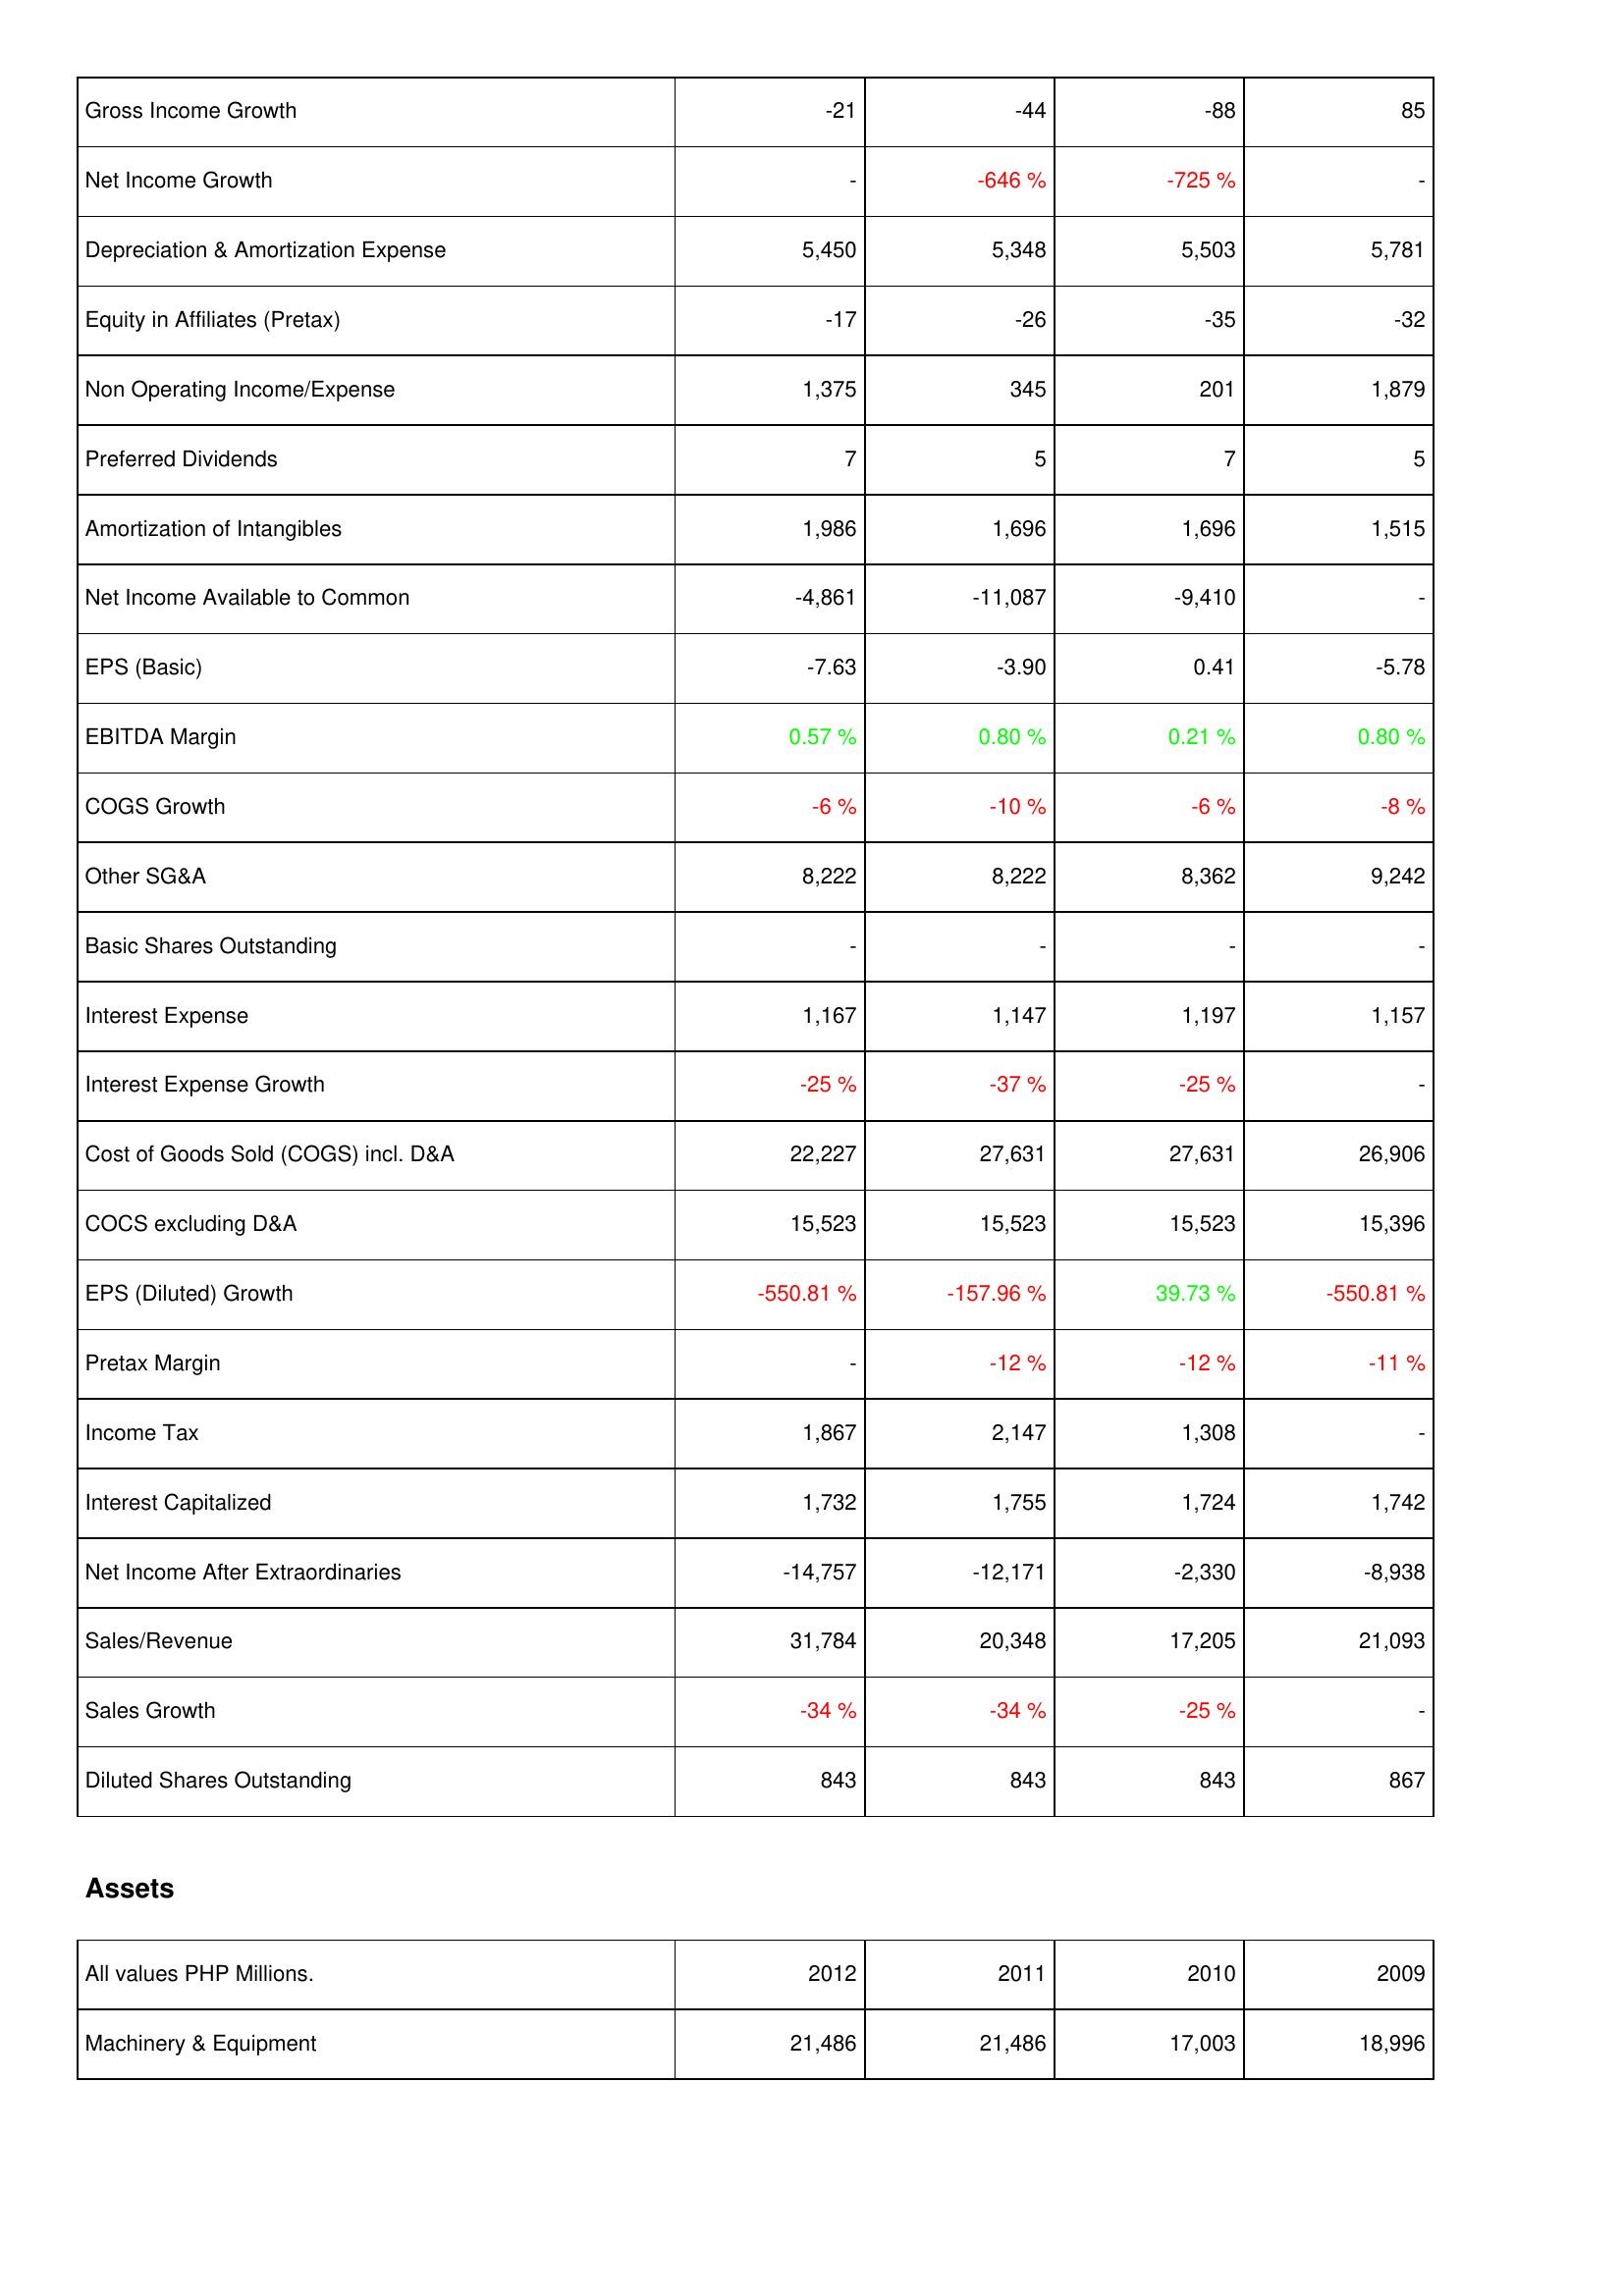
2012: Income Statement: Gross Income Growth: -21
Net Income Growth: -
Depreciation & Amortization Expense: 5,450
Equity in Affiliates (Pretax): -17
Non Operating Income/Expense: 1,375
Preferred Dividends: 7
Amortization of Intangibles: 1,986
Net Income Available to Common: -4,861
EPS (Basic): -7.63
EBITDA Margin: 0.57 %
COGS Growth: -6 %
Other SG&A: 8,222
Basic Shares Outstanding: -
Interest Expense: 1,167
Interest Expense Growth: -25 %
Cost of Goods Sold (COGS) incl. D&A: 22,227
COCS excluding D&A: 15,523
EPS (Diluted) Growth: -550.81 %
Pretax Margin: -
Income Tax: 1,867
Interest Capitalized: 1,732
Net Income After Extraordinaries: -14,757
Sales/Revenue: 31,784
Sales Growth: -34 %
Diluted Shares Outstanding: 843
Assets: Machinery & Equipment: 21,486
2011: Income Statement: Gross Income Growth: -44
Net Income Growth: -646 %
Depreciation & Amortization Expense: 5,348
Equity in Affiliates (Pretax): -26
Non Operating Income/Expense: 345
Preferred Dividends: 5
Amortization of Intangibles: 1,696
Net Income Available to Common: -11,087
EPS (Basic): -3.90
EBITDA Margin: 0.80 %
COGS Growth: -10 %
Other SG&A: 8,222
Basic Shares Outstanding: -
Interest Expense: 1,147
Interest Expense Growth: -37 %
Cost of Goods Sold (COGS) incl. D&A: 27,631
COCS excluding D&A: 15,523
EPS (Diluted) Growth: -157.96 %
Pretax Margin: -12 %
Income Tax: 2,147
Interest Capitalized: 1,755
Net Income After Extraordinaries: -12,171
Sales/Revenue: 20,348
Sales Growth: -34 %
Diluted Shares Outstanding: 843
Assets: Machinery & Equipment: 21,486
2010: Income Statement: Gross Income Growth: -88
Net Income Growth: -725 %
Depreciation & Amortization Expense: 5,503
Equity in Affiliates (Pretax): -35
Non Operating Income/Expense: 201
Preferred Dividends: 7
Amortization of Intangibles: 1,696
Net Income Available to Common: -9,410
EPS (Basic): 0.41
EBITDA Margin: 0.21 %
COGS Growth: -6 %
Other SG&A: 8,362
Basic Shares Outstanding: -
Interest Expense: 1,197
Interest Expense Growth: -25 %
Cost of Goods Sold (COGS) incl. D&A: 27,631
COCS excluding D&A: 15,523
EPS (Diluted) Growth: 39.73 %
Pretax Margin: -12 %
Income Tax: 1,308
Interest Capitalized: 1,724
Net Income After Extraordinaries: -2,330
Sales/Revenue: 17,205
Sales Growth: -25 %
Diluted Shares Outstanding: 843
Assets: Machinery & Equipment: 17,003
2009: Income Statement: Gross Income Growth: 85
Net Income Growth: -
Depreciation & Amortization Expense: 5,781
Equity in Affiliates (Pretax): -32
Non Operating Income/Expense: 1,879
Preferred Dividends: 5
Amortization of Intangibles: 1,515
Net Income Available to Common: -
EPS (Basic): -5.78
EBITDA Margin: 0.80 %
COGS Growth: -8 %
Other SG&A: 9,242
Basic Shares Outstanding: -
Interest Expense: 1,157
Interest Expense Growth: -
Cost of Goods Sold (COGS) incl. D&A: 26,906
COCS excluding D&A: 15,396
EPS (Diluted) Growth: -550.81 %
Pretax Margin: -11 %
Income Tax: -
Interest Capitalized: 1,742
Net Income After Extraordinaries: -8,938
Sales/Revenue: 21,093
Sales Growth: -
Diluted Shares Outstanding: 867
Assets: Machinery & Equipment: 18,996